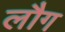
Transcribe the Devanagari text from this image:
लौग